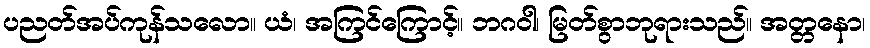
ပညတ်အပ်ကုန်သလော။ ယံ၊ အကြင်ကြောင့်။ ဘဂဝါ၊ မြတ်စွာဘုရားသည်။ အတ္တနော၊